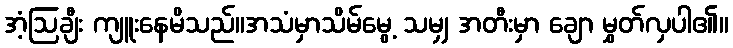
အံ့ဩချီး ကျူးနေမိသည်။အသံမှာသိမ်မွေ့ သမျှ အတီးမှာ ချော မွှတ်လှပါ၏။